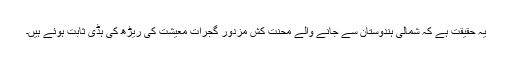
یہ حقیقت ہے کہ شمالی ہندوستان سے جانے والے محنت کش مزدور گجرات معیشت کی ریڑھ کی ہڈی ثابت ہوئے ہیں۔